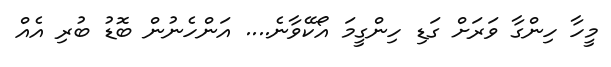
މީހާ ހިންގާ ވަރަށް ގަޑި ހިންގީމަ އޯކޭވާނެ.... އަންހެނުން ބޮޑު ބުރި އެއް